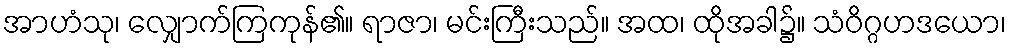
အာဟံသု၊ လျှောက်ကြကုန်၏။ ရာဇာ၊ မင်းကြီးသည်။ အထ၊ ထိုအခါ၌။ သံဝိဂ္ဂဟဒယော၊